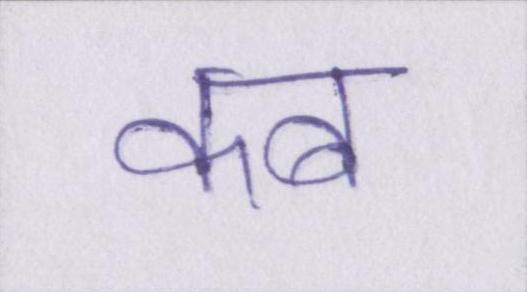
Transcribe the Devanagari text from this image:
कब